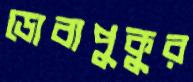
ডোবাপুকুর